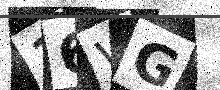
Text: 16WG